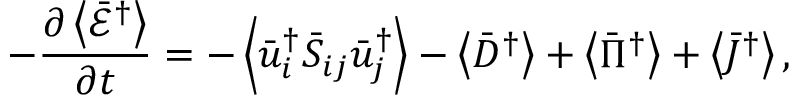
- \frac { { \partial \left\langle { { { \bar { \mathcal E } } ^ { \dag } } } \right\rangle } } { { \partial t } } = - \left\langle { \bar { u } _ { i } ^ { \dag } { { \bar { S } } _ { i j } } \bar { u } _ { j } ^ { \dag } } \right\rangle - \left\langle { { { \bar { D } } ^ { \dag } } } \right\rangle + \left\langle { { { \bar { \Pi } } ^ { \dag } } } \right\rangle + \left\langle { { { \bar { J } } ^ { \dag } } } \right\rangle ,